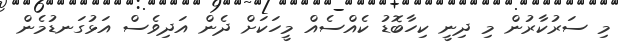
މި ސަރުކާރުން މި ދިނީ ކިހާބޮޑު ކެއްސެއް މީހަކަށް ދެން އަދިވެސް އަޅުގަނޑުމެން